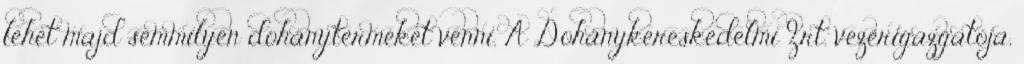
lehet majd semmilyen dohányterméket venni. A Dohánykereskedelmi Zrt. vezérigazgatója,